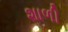
શાળી